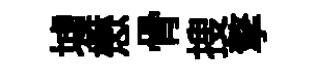
墟懋骨搜擎